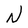
Character: N